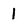
Character: 1